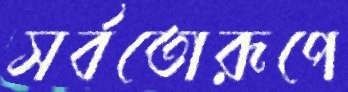
সর্বতোরূপে